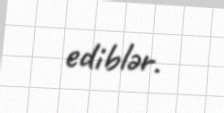
ediblər.